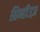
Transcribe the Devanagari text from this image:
ग्रिन्हीउज़